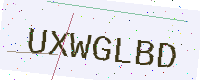
Text: UXWGLBD